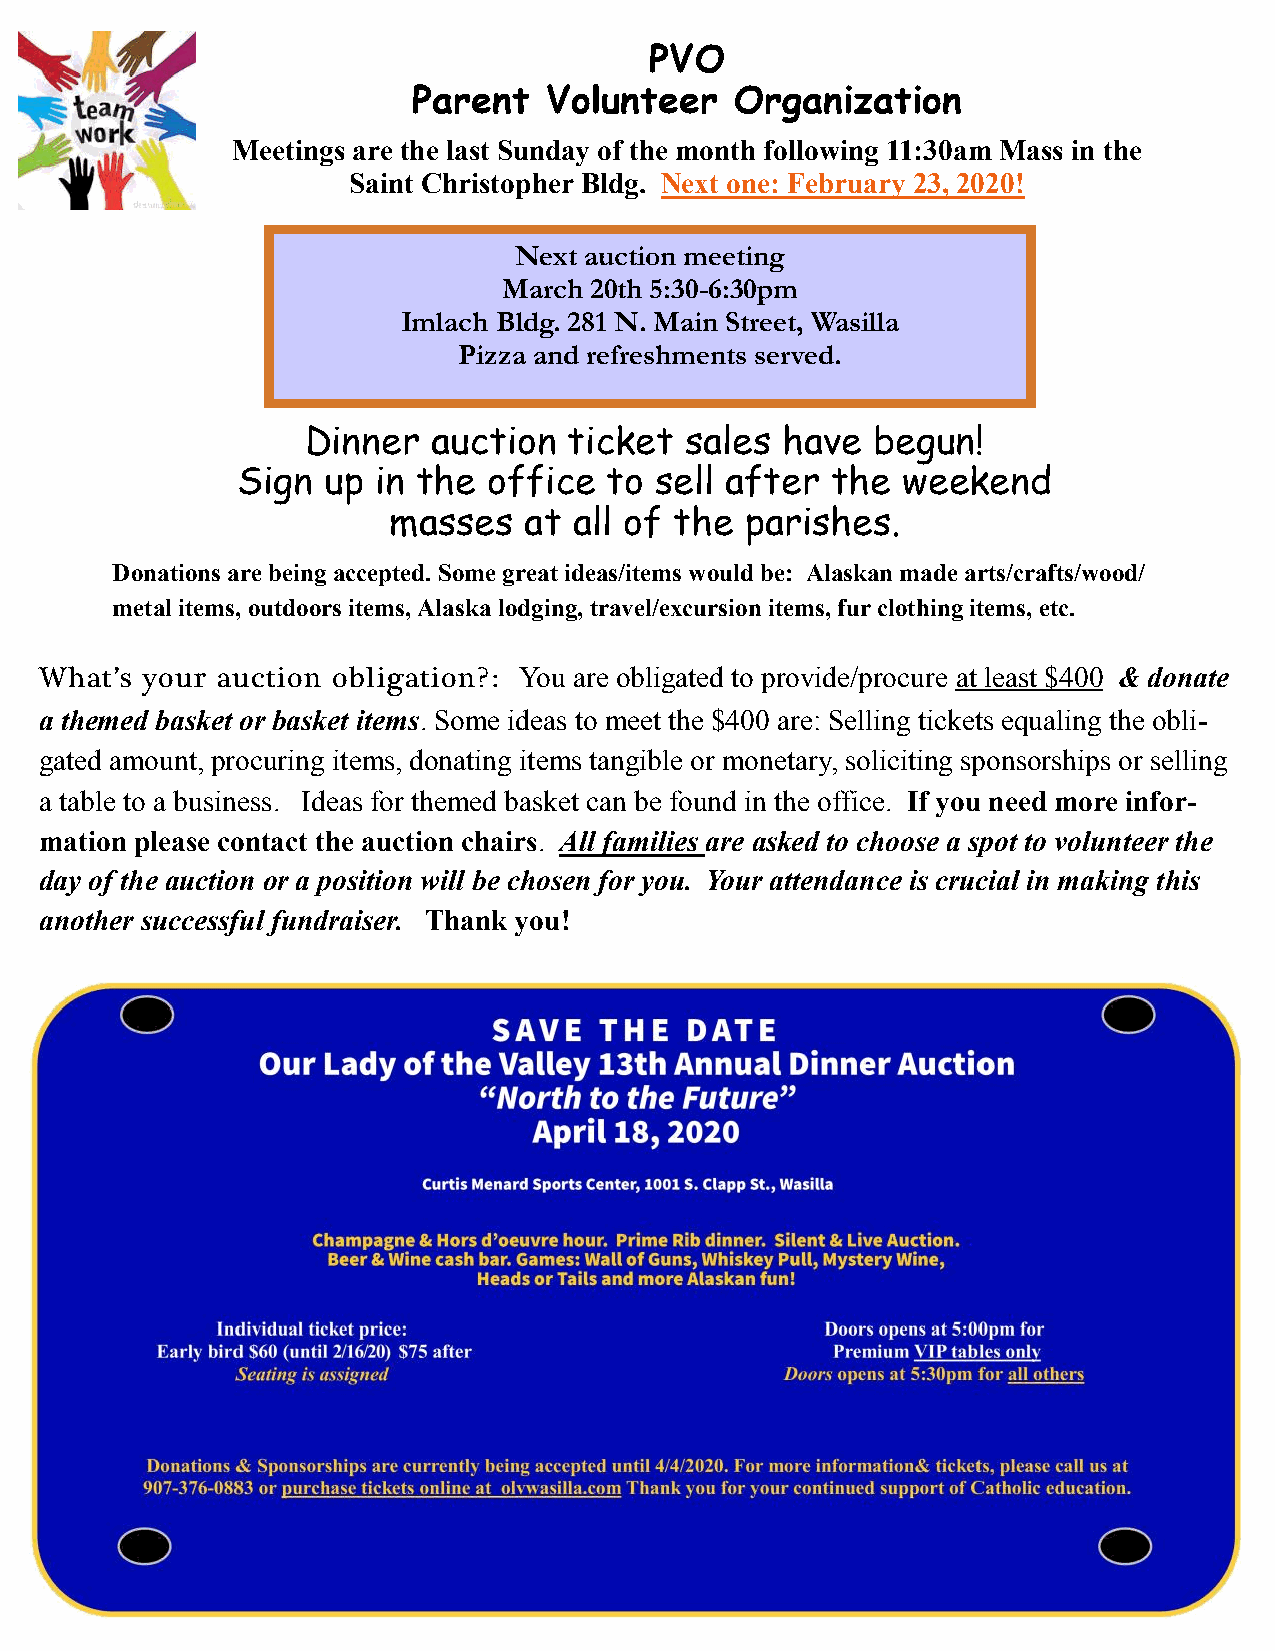
PVO
 Parent   Volunteer    Organization
 Meetings are the last Sunday of the month following 11:30am Mass in the
 Saint Christopher Bldg. Next one: February 23, 2020!
 Next auction meeting
 March 20th 5:30-6:30pm
 Imlach Bldg. 281 N. Main Street, Wasilla
 Pizza and refreshments served.
 Dinner   auction  ticket sales  have  begun!
 Sign up  in the office  to sell after  the  weekend
 masses   at all of the parishes.
 Donations are being accepted. Some great ideas/items would be: Alaskan made arts/crafts/wood/
 metal items, outdoors items, Alaska lodging, travel/excursion items, fur clothing items, etc.
 What’s your auction obligation?: You are obligated to provide/procure at least $400 & donate
 a themed basket or basket items. Some ideas to meet the $400 are: Selling tickets equaling the obli-
 gated amount, procuring items, donating items tangible or monetary, soliciting sponsorships or selling
 a table to a business. Ideas for themed basket can be found in the office. If you need more infor-
 mation please contact the auction chairs. All families are asked to choose a spot to volunteer the
 day of the auction or a position will be chosen for you. Your attendance is crucial in making this
 another successful fundraiser. Thank you!